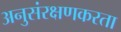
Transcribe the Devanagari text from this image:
अनुसंरक्षणकरता